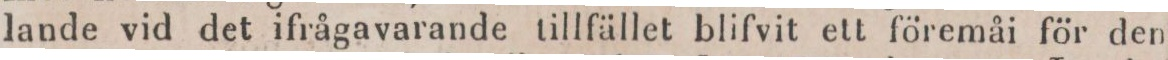
lande vid det ifrågavarande tillfället blifvit ett föremåi för den